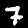
Digit: 7